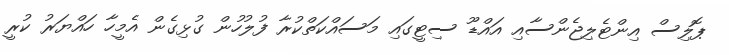
ޕޮލިސް އިންޓެލިޖެންސާއި އައްޑޫ ސިޓީގައި މަސައްކަތްކުރާ ފުލުހުން ގުޅިގެން އެމީހާ ހައްޔަރު ކުރީ